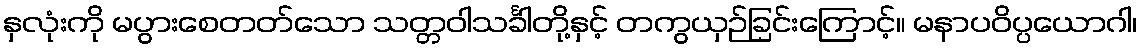
နှလုံးကို မပွားစေတတ်သော သတ္တဝါသင်္ခါတို့နှင့် တကွယှဉ်ခြင်းကြောင့်။ မနာပဝိပ္ပယောဂါ၊